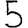
Digit: 5